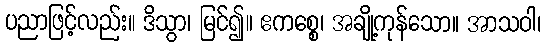
ပညာဖြင့်လည်း။ ဒိသွာ၊ မြင်၍။ ဧကစ္စေ၊ အချို့ကုန်သော။ အာသဝါ၊